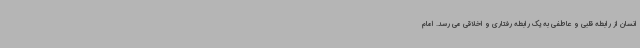
انسان از رابطه قلبی و عاطفی به یک رابطه رفتاری و اخلاقی می رسد. امام